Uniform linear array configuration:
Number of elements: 64
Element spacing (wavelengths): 0.75
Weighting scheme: cosine
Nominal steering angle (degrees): -45
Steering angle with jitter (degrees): -45.262
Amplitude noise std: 0.05
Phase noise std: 0.05

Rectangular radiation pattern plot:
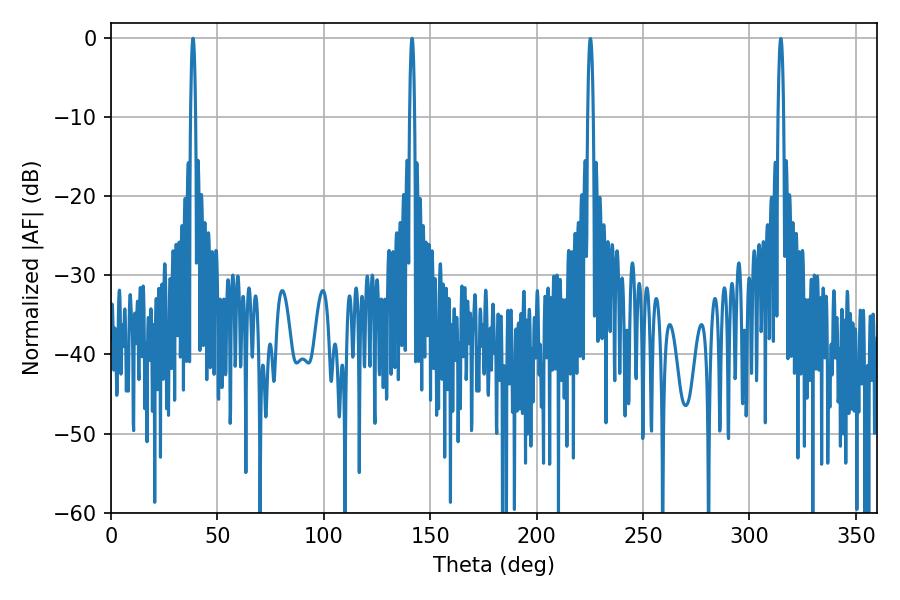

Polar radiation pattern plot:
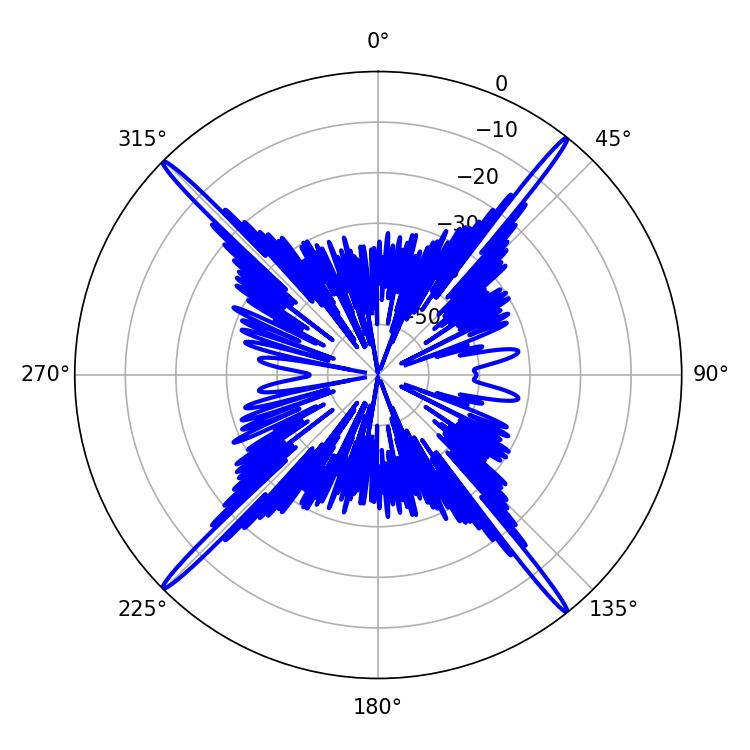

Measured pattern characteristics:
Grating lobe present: TRUE
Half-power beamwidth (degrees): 1.26
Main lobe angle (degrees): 38.52